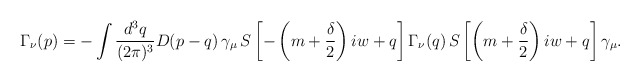
\begin{align*}\Gamma_{\nu}(p) = - \int \frac{d^3q}{(2\pi)^3} D(p-q) \, \gamma_\mu \, S\left[-\left(m+\frac{\delta}{2}\right)iw+q\right] \Gamma_{\nu}(q) \, S\left[\left(m+\frac{\delta}{2}\right)iw+q\right] \gamma_\mu. \end{align*}